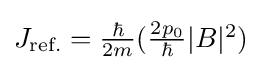
{\textstyle J_{\text{ref.}}={\frac {\hbar }{2m}}({\frac {2p_{0}}{\hbar }}|B|^{2})}